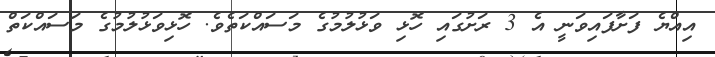
އިއްޔެ ފަށާފައިވަނީ އެ 3 ރަށުގައި ހޮޅި ވަޅުލުމުގެ މަސައްކަތެވެ. ހޮޅިވަޅުލުމުގެ މަސައްކަތް